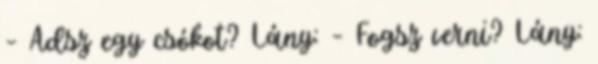
– Adsz egy csókot? Lány: – Fogsz verni? Lány: